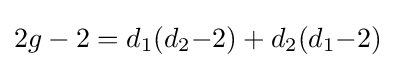
2g-2=d_{1}(d_{2}{-}2)+d_{2}(d_{1}{-}2)